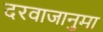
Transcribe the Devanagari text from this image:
दरवाजानुमा